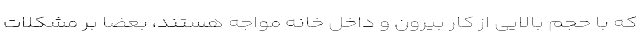
که با حجم بالایی از کار بیرون و داخل خانه مواجه هستند، بعضا بر مشکلات